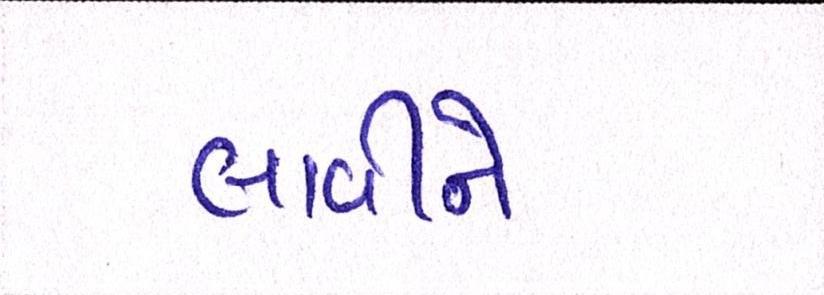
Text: લાવીને